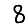
Digit: 8